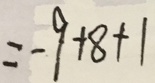
= - 9 + 8 + 1